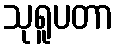
သုရူပတာ